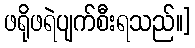
ဖရိုဖရဲပျက်စီးရသည်။]